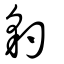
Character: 豹